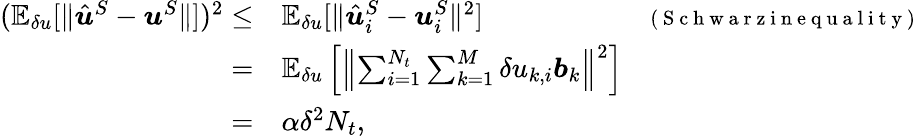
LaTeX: \begin{array}{rlr}{(\mathbb{E}_{\delta u}[\| \hat{\boldsymbol{u}}^{S}-\boldsymbol{u}^{S}\| ])^{2}\le}&{{}\mathbb{E}_{\delta u}[\| \hat{\boldsymbol{u}}_{i}^{S}-\boldsymbol{u}_{i}^{S}\| ^{2}]}&{{\scriptstyle(\mathrm{~S~c~h~w~a~r~z~i~n~e~q~u~a~l~i~t~y~})}}\\ {=}&{{}\mathbb{E}_{\delta u}\left[\left\| \sum_{i=1}^{N_{t}}\sum_{k=1}^{M}\delta u_{k,i}\boldsymbol{b}_{k}\right\| ^{2}\right]}&{}\\ {=}&{{}\alpha\delta^{2}N_{t},}\end{array}